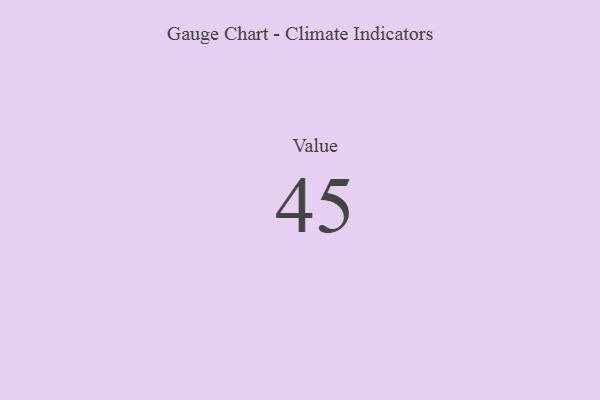
{"axis": {"x": "Metric", "y": "Value"}, "legend": [""], "data": [{"x": "Value", "y": 45, "type": ""}]}